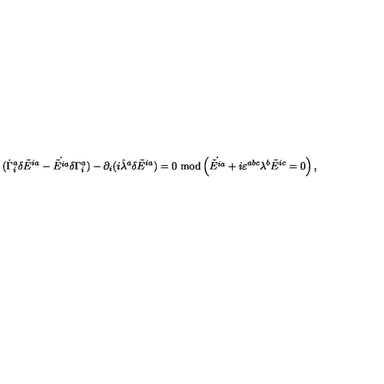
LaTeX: ( \dot { \Gamma } _ { i } ^ { a } \delta \tilde { E } ^ { i a } - \dot { \tilde { E } ^ { i a } } \delta \Gamma _ { i } ^ { a } ) - \partial _ { i } ( i \hat { \lambda } ^ { a } \delta \tilde { E } ^ { i a } ) = 0 \ \mathrm { m o d } \left( \dot { \tilde { E } ^ { i a } } + i \varepsilon ^ { a b c } \lambda ^ { b } \tilde { E } ^ { i c } = 0 \right) ,